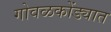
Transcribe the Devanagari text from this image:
गोवळकोंड्यात